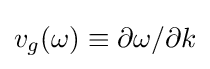
v_{g}(\omega )\equiv \partial \omega /\partial k